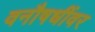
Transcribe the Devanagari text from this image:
वनौषधींवर